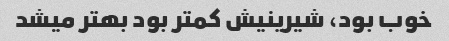
خوب بود، شیرینیش کمتر بود بهتر میشد